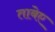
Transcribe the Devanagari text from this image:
ताबेए